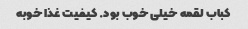
کباب لقمه خیلی خوب بود. کیفیت غذا خوبه